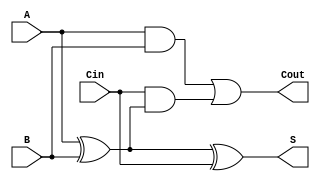
module LowPowerFullAdder (
    input wire A,     // First input bit
    input wire B,     // Second input bit
    input wire Cin,   // Carry input bit
    output wire S,    // Sum output
    output wire Cout   // Carry output
);

// Internal signals for intermediate calculations
wire AxorB;        // Intermediate signal for A XOR B
wire AandB;        // Intermediate signal for A AND B
wire CinAndAxorB;  // Intermediate signal for Cin AND (A XOR B)

// Logic implementation
assign AxorB = A ^ B;                     // A XOR B
assign S = AxorB ^ Cin;                   // Sum: S = A XOR B XOR Cin
assign AandB = A & B;                     // A AND B
assign CinAndAxorB = Cin & AxorB;         // Cin AND (A XOR B)
assign Cout = AandB | CinAndAxorB;        // Carry-out: Cout = (A AND B) OR (Cin AND (A XOR B))

endmodule